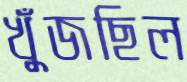
খুঁজছিল